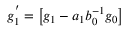
g _ { 1 } ^ { ' } = \left[ g _ { 1 } - a _ { 1 } b _ { 0 } ^ { - 1 } g _ { 0 } \right]